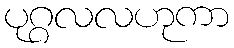
ပုဂ္ဂလလဟုကာ